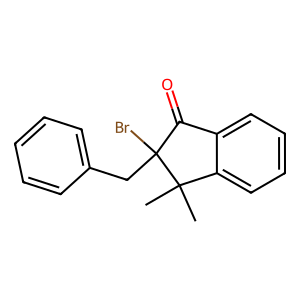
SMILES: CC1(C)c2ccccc2C(=O)C1(Br)Cc1ccccc1
Inhibits HIV replication: No